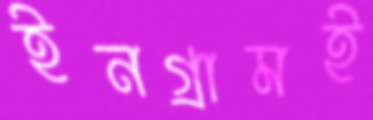
ইনগ্রামই